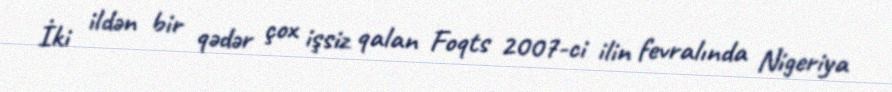
İki ildən bir qədər çox işsiz qalan Foqts 2007-ci ilin fevralında Nigeriya